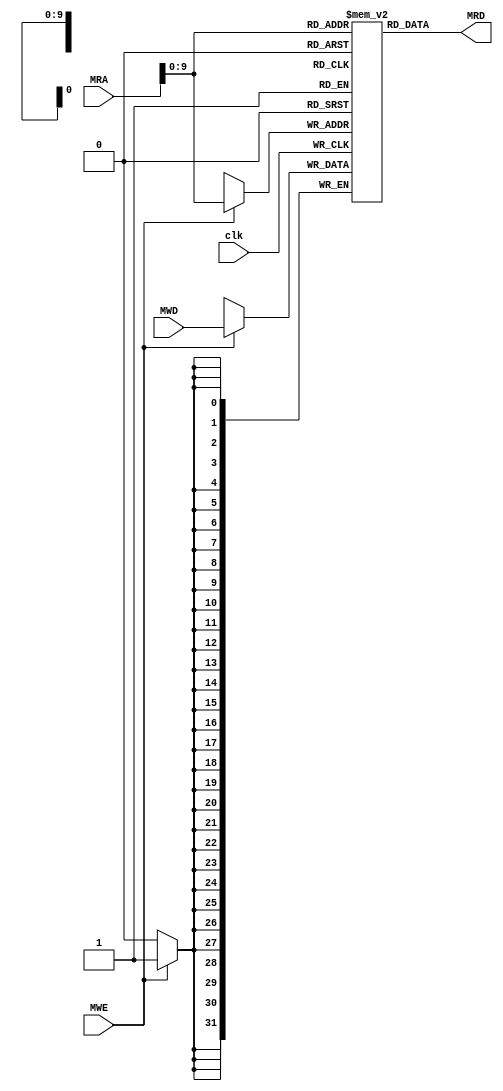
`timescale 1ns / 1ps

module MEM(    
    input clk,
    input MWE,
    input [31:0] MRA,
    input [31:0] MWD,
    output [31:0] MRD
    );
    
    reg [31:0] Memory [550:0]; // 32-bit memory
    
    initial begin
        // Memory Values
        Memory[0] <= 17; // h'00000011
        Memory[1] <= 31; // h'00000000
        Memory[2] <= -5; // h'00000000
        Memory[3] <= -2; // h'00000000
        Memory[4] <= 250; // h'00000000
        
        // PART A
//        Memory[500] <= 32'b10001100000010000000000000000000; // LW $t0 0($0) (h'8C080000)
//        Memory[501] <= 32'b10001100000010010000000000000001; // LW $t1 1($0) (h'8C090001)
//        Memory[502] <= 32'b10001100000010100000000000000010; // LW $t2 2($0) (h'8C0A0002)
//        Memory[503] <= 32'b10001100000010110000000000000011; // LW $t3 3($0) (h'8C0B0003)
//        Memory[504] <= 32'b10001100000011000000000000000100; // LW $t4 4($0) (h'8C0C0004)

//         PART B
//        Memory[500] <= 32'b10001100000010000000000000000000; // LW $t0 0($0) (h'8C080000)
//        Memory[501] <= 32'b10001100000010010000000000000001; // LW $t1 1($0) (h'8C090001)
//        Memory[502] <= 32'b10001100000010100000000000000010; // LW $t2 2($0) (h'8C0A0002)
//        Memory[503] <= 32'b10001100000010110000000000000011; // LW $t3 3($0) (h'8C0B0003)
//        Memory[504] <= 32'b10001100000011000000000000000100; // LW $t4 4($0) (h'8C0C0004)
//        Memory[505] <= 32'b10101100000010000000000000011111; // SW $t0 31($0)
//        Memory[506] <= 32'b10101100000010010000000000100000; // SW $t1 32($0)
//        Memory[507] <= 32'b10101100000010100000000000100001; // SW $t2 33($0)
//        Memory[508] <= 32'b10101100000010110000000000100010; // SW $t3 34($0)
//        Memory[509] <= 32'b10101100000011000000000000100011; // SW $t4 35($0)
       
        // PART C
//        Memory[500] <= 32'b10001100000010000000000000000000; // LW $t0 0($0) (h'8C080000)
//        Memory[501] <= 32'b10001100000010010000000000000001; // LW $t1 1($0) (h'8C090001)
//        Memory[502] <= 32'b10001100000010100000000000000010; // LW $t2 2($0) (h'8C0A0002)
//        Memory[503] <= 32'b10001100000010110000000000000011; // LW $t3 3($0) (h'8C0B0003)
//        Memory[504] <= 32'b10001100000011000000000000000100; // LW $t4 4($0) (h'8C0C0004)
//        Memory[505] <= 32'b00000001000011001000000000100000; // ADD $s0, $t0, $t4
//        Memory[506] <= 32'b00000010000011001000100000100010; // SUB $s1, $s0, $t4
//        Memory[507] <= 32'b00000001010100011001000000100000; // ADD $s2, $t2, $s1
//        Memory[508] <= 32'b00000000000100101001100100000000; // SLL $s3, $s2, 4
//        Memory[509] <= 32'b10101100000100000000000000100000; // SW $s0, 32($0)
//        Memory[510] <= 32'b10101110011100011111111111111111; // SW $s1, -1($s0)
        
        // PART D
//        Memory[500] <= 32'b00100000000011010000000000000101; // ADDI $t5, $0, 5
//        Memory[501] <= 32'b00100001101011101111111111111101; // ADDI $t6, $t5, -3      
//        Memory[502] <= 32'b10001100000010000000000000000000; // LW $t0 0($0) (h'8C080000)
//        Memory[503] <= 32'b10001100000010010000000000000001; // LW $t1 1($0) (h'8C090001)
//        Memory[504] <= 32'b10001100000010100000000000000010; // LW $t2 2($0) (h'8C0A0002)
//        Memory[505] <= 32'b10001100000010110000000000000011; // LW $t3 3($0) (h'8C0B0003)
//        Memory[506] <= 32'b10001100000011000000000000000100; // LW $t4 4($0) (h'8C0C0004)      
//        Memory[507] <= 32'b00000001000011001000000000100000; // ADD $s0, $t0, $t4
//        Memory[508] <= 32'b00000010000011001000100000100010; // SUB $s1, $s0, $t4
//        Memory[509] <= 32'b00000001010100011001000000100000; // ADD $s2, $t2, $s1             
//        Memory[510] <= 32'b00000001101100101001100000000100; // SLLV $s3, $s2, $t5
//        Memory[511] <= 32'b00000001110100101010000000000111; // SRAV $s4, $s2, $t6
//        Memory[512] <= 32'b10101100000100000000000000100000; // SW $s0, 32($0)
//        Memory[513] <= 32'b10101110011100010000000000000000; // SW $s1, 0($s3)
//        Memory[514] <= 32'b10101110100100010000000000000000; // SW $s1, 0($s4)
        
        // PART E
        Memory[500] <= 32'b00100000000100000000000000000000; // ADDI $s0, $0, 0
        Memory[501] <= 32'b00100000000100010000000000000101; // ADDI $s1, $0, 5
        Memory[502] <= 32'b00100000000100100000000000000001; // ADDI $s2, $0, 1
        Memory[503] <= 32'b00000000000000000101100000100000; // ADD $t3, $0, $0
        Memory[504] <= 32'b00010010000100010000000000000110; // loop: BEQ $s0, $s1, done
        Memory[505] <= 32'b10001110000010000000000000000000; // LW $t0, 0($s0)
        Memory[506] <= 32'b00000010001010000100000000000100; // SLLV $t0, $t0, $s1
        Memory[507] <= 32'b10101110000010000000000000011111; // SW $t0, 31($s0)
        Memory[508] <= 32'b00000010010100001000000000100000; // ADD $s0, $s2, $s
        Memory[509] <= 32'b00000001011010000101100000100000; // ADD $t3, $t3, $t
        Memory[510] <= 32'b00001000000000001111111111111001; // J loop
        Memory[511] <= 32'b00000000000000000000000000100000; // done: NOP (add $0, $0, $0)
        Memory[512] <= 32'b00000000000000000000000000100000; // NOP (add $0, $0, $0)
    end
    
    assign MRD = Memory[MRA];
    
    always@(posedge clk) begin
        if (MWE) begin
            Memory[MRA] <= MWD; // Write data DMWD onto address DMA 
        end
    end
endmodule